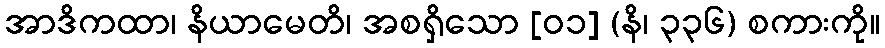
အာဒိကထာ၊ နိယာမေတိ၊ အစရှိသော [၀၁] (နိ၊ ၃၃၆) စကားကို။